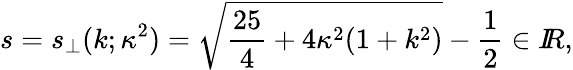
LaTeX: s=s_{\perp}(k;\kappa^{2})=\sqrt{\frac{25}{4}+4\kappa^{2}(1+k^{2})}-\frac 12\in I\! \! R,